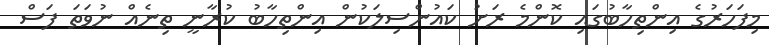
މިފަހަރުގެ އިންތިހާބުގައި ކޮންމެ ރަށު ކައުންސިލަކުން އިންތިހާބު ކުރާނީ ތިނެއް ނުވަތަ ފަސް